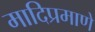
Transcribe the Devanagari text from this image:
मादिप्रमाणे